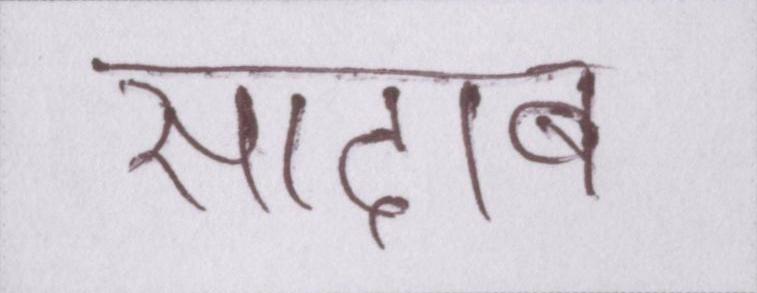
सादाब